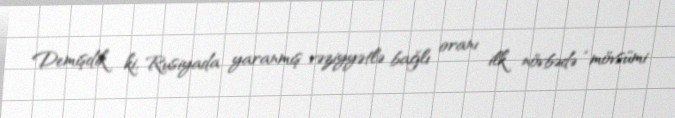
Demişdik ki, Rusiyada yaranmış vəziyyətlə bağlı oranı ilk növbədə “mövsümi